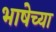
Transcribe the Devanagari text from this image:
भाषेच्‍या